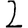
Digit: 2